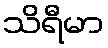
သိရီမာ